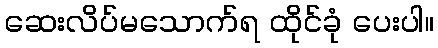
ဆေးလိပ်မသောက်ရ ထိုင်ခုံ ပေးပါ။